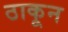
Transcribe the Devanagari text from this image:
ठाकून